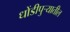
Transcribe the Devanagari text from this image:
धोंडीपुर्‍यातील